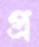
প্র